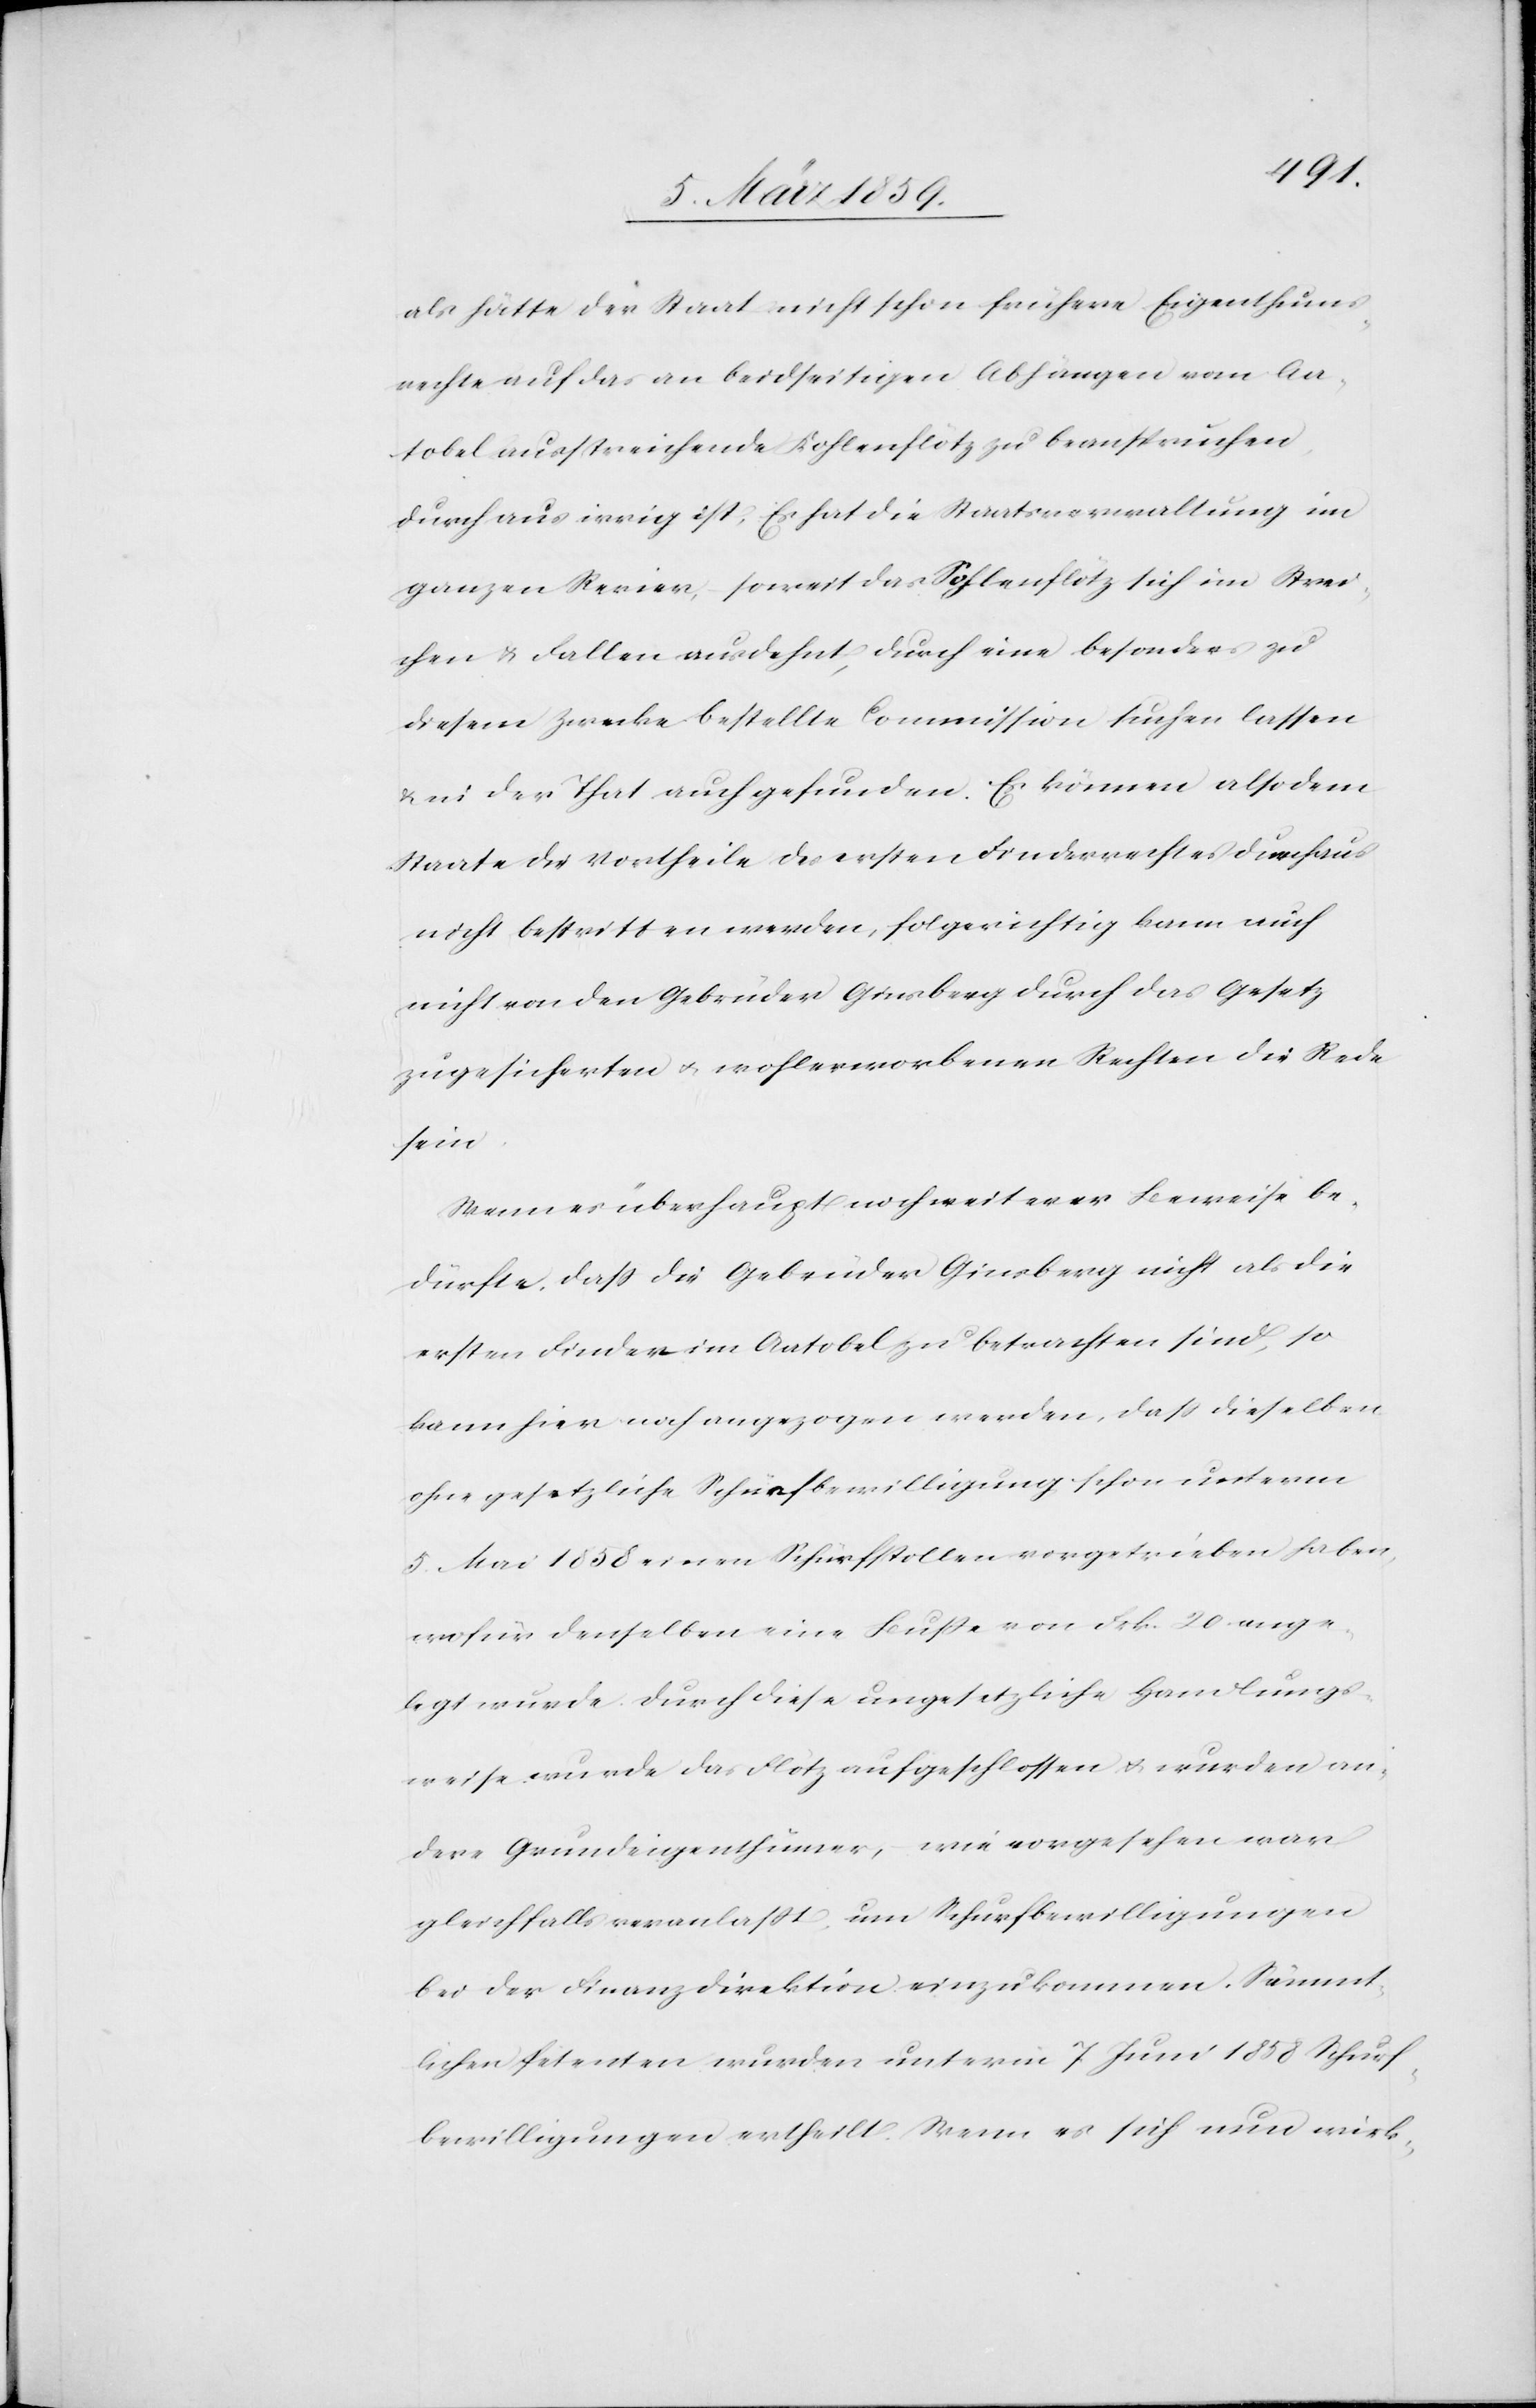
als hätte der Staat nicht schon frühere Eigenthums¬
rechte auf das an beidseitigen Abhängen vom Aa¬
tobel ausstreichende Kohlenflötz zu beanspruchen
durchaus irrig ist. Es hat die Staatsverwaltung im
ganzen Revier, soweit das Sohlenflötz sich im Strei¬
chen u. Fallen ausdehnt, durch eine besonders zu
diesem Zwecke bestellte Commission suchen lassen
& in der That auch gefunden. Es können also dem
Staate die Vortheile des ersten Finderrechtes durchaus
nicht bestritten werden, folgerichtig kann auch
nicht von den Gebrüder[n] Ginsberg durch das Gesetz
zugesicherten u. wohlerworbenen Rechten die Rede
sein.
Wenn es überhaupt noch weiterer Beweise be¬
dürfe, daß die Gebrüder Ginsberg nicht als die
ersten Finder im Aatobel zu betrachten sind, so
kann hier noch angezogen werden, daß dieselben
ohne gesetzliche Schürfbewilligung schon unterm
5. Mai 1858 einen Schürfstollen vorgetrieben haben,
wofür denselben eine Buße von Frk. 20 ange¬
legt wurde. Durch diese ungesetzliche Handlungs¬
weise wurde das Flötz aufgeschlossen u. wurden an¬
dere Grundeigenthümer, wie vorgesehen war
gleichfalls veranlaßt, um Schürfbewilligungen
bei der Finanzdirektion einzukommen. Sämmt¬
lichen Petenten wurden unterm 7. Juni 1858 Schürf¬
bewilligungen ertheilt. Wenn es sich nun wirk-